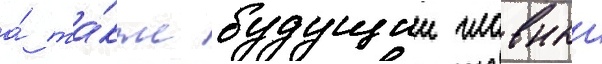
а́ та́кже будущии главныи